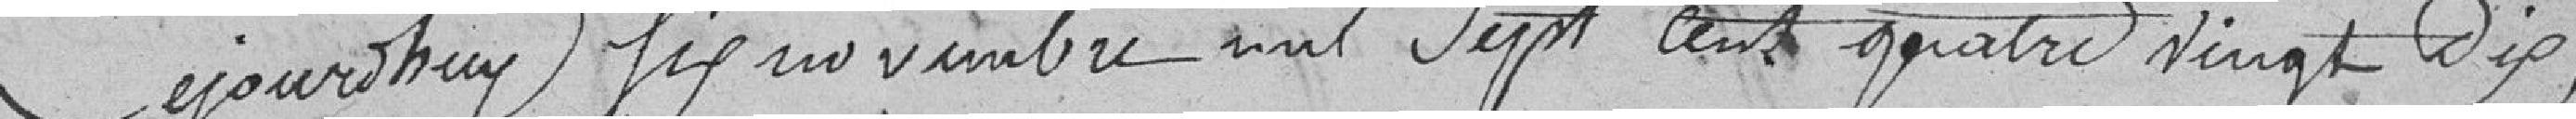
Cejourd'hui six novembre mil sept cent quatre vingt dix,